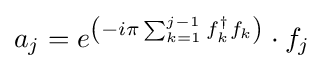
a_{j}=e^{\left(-i\pi \sum _{k=1}^{j-1}f_{k}^{\dagger }f_{k}\right)}\cdot f_{j}